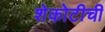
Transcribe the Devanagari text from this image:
शेकोटीची